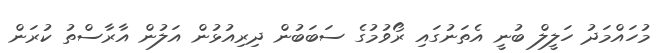
މުހައްމަދު ހަލީލް ބުނީ އެތަނުގައި ރޯވުމުގެ ސަބަބުން ދިރިއުޅުން އަލުން އާރާސްތު ކުރަން